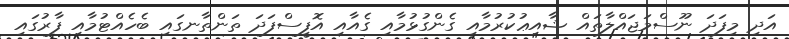
އަދި މިފަދަ ނޫސްމަޖައްލާތައް ޝާއިޢުކުރުމާއި ގެންގުޅުމާއި ގެއާއި އޮފީސްފަދަ ތަންތާނގައި ބެހެއްޓުމާއި ފާރުގައި